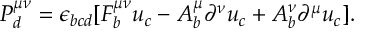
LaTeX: P _ { d } ^ { \mu \nu } = \epsilon _ { b c d } [ F _ { b } ^ { \mu \nu } u _ { c } - A _ { b } ^ { \mu } \partial ^ { \nu } u _ { c } + A _ { b } ^ { \nu } \partial ^ { \mu } u _ { c } ] .